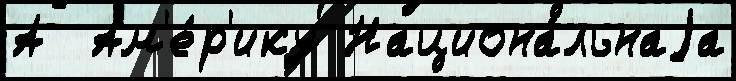
А  Ам'е́р'ику Национа́льнаjа